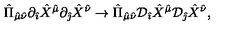
{ \hat { \Pi } } _ { { \hat { \mu } } { \hat { \nu } } } \partial _ { \hat { \imath } } { \hat { X } } ^ { \hat { \mu } } \partial _ { \hat { \jmath } } { \hat { X } } ^ { \hat { \nu } } \rightarrow { \hat { \Pi } } _ { { \hat { \mu } } { \hat { \nu } } } { \cal D } _ { \hat { \imath } } { \hat { X } } ^ { \hat { \mu } } { \cal D } _ { \hat { \jmath } } { \hat { X } } ^ { \hat { \nu } } ,